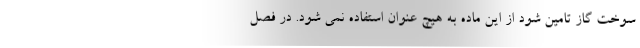
سوخت گاز تامین شود از این ماده به هیچ عنوان استفاده نمی شود. در فصل